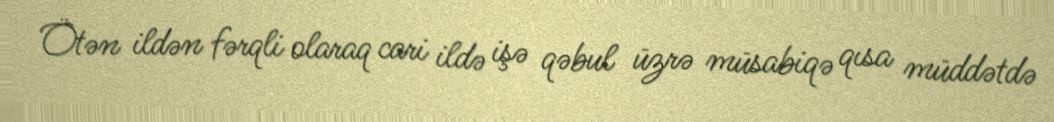
Ötən ildən fərqli olaraq cari ildə işə qəbul üzrə müsabiqə qısa müddətdə